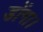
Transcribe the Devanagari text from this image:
डोंगा।